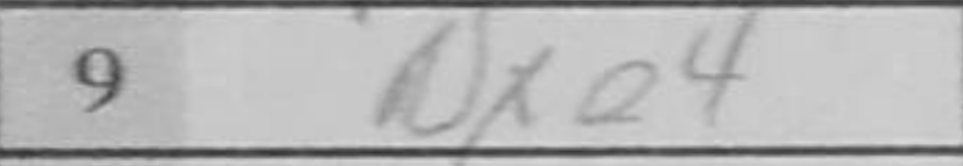
Transcription: Nxe4